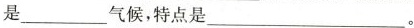
是___气候，特点是___。